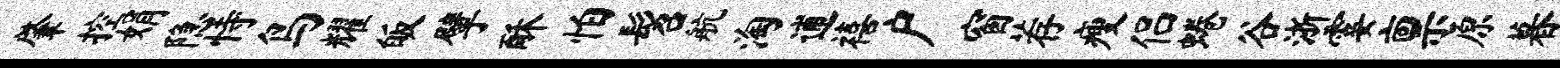
肇控娟隐恃鸟耀皈擘酥怕髫航淘逋禧户窗荐瘦侣蜷谷浙霎禀原暮